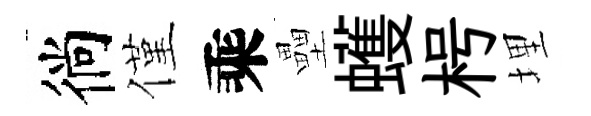
徜僅乘壘蠖枵埋